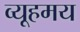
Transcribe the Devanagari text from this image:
व्यूहमय